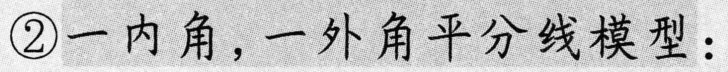
\textcircled{2}一内角，一外角平分线模型：